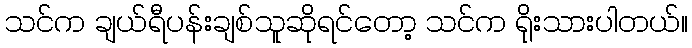
သင်က ချယ်ရီပန်းချစ်သူဆိုရင်တော့ သင်က ရိုးသားပါတယ်။